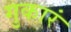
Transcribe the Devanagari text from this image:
गुकारं